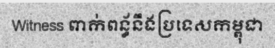
Witness ពាក់ពន្ធ័នឹងប្រទេសកម្ពុជា